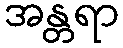
အန္တရာ